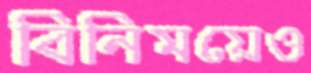
বিনিময়েও